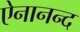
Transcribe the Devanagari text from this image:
ऐनानन्द